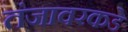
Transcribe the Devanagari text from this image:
तंजावरकडे